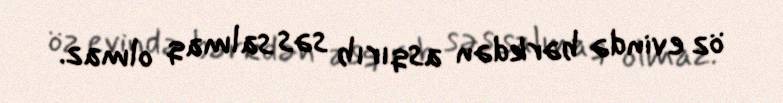
öz evində bərkdən asqırıb səs salmaq olmaz.